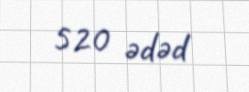
520 ədəd